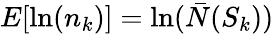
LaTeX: E[\ln(n_{k})]=\ln(\bar{N}(S_{k}))